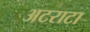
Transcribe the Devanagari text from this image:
अटराटा